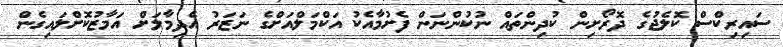
ސައިރިކްސް ކޮލެޖުގެ ދޮރޯށިން ކުދިންތައް ނުކުންނަން ފެށުމާއެކު އަކްމަލްއަށްގެ ނަޒަރު އެދިމާލަށް އަމާޒުކޮށްލައިގެން